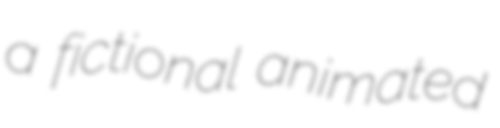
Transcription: a fictional animated